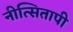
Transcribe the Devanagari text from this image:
नीत्सितापी